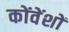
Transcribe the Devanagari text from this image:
कोंवेंशों